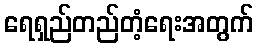
ရေရှည်တည်တံ့ရေးအတွက်